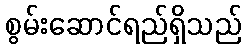
စွမ်းဆောင်ရည်ရှိသည်